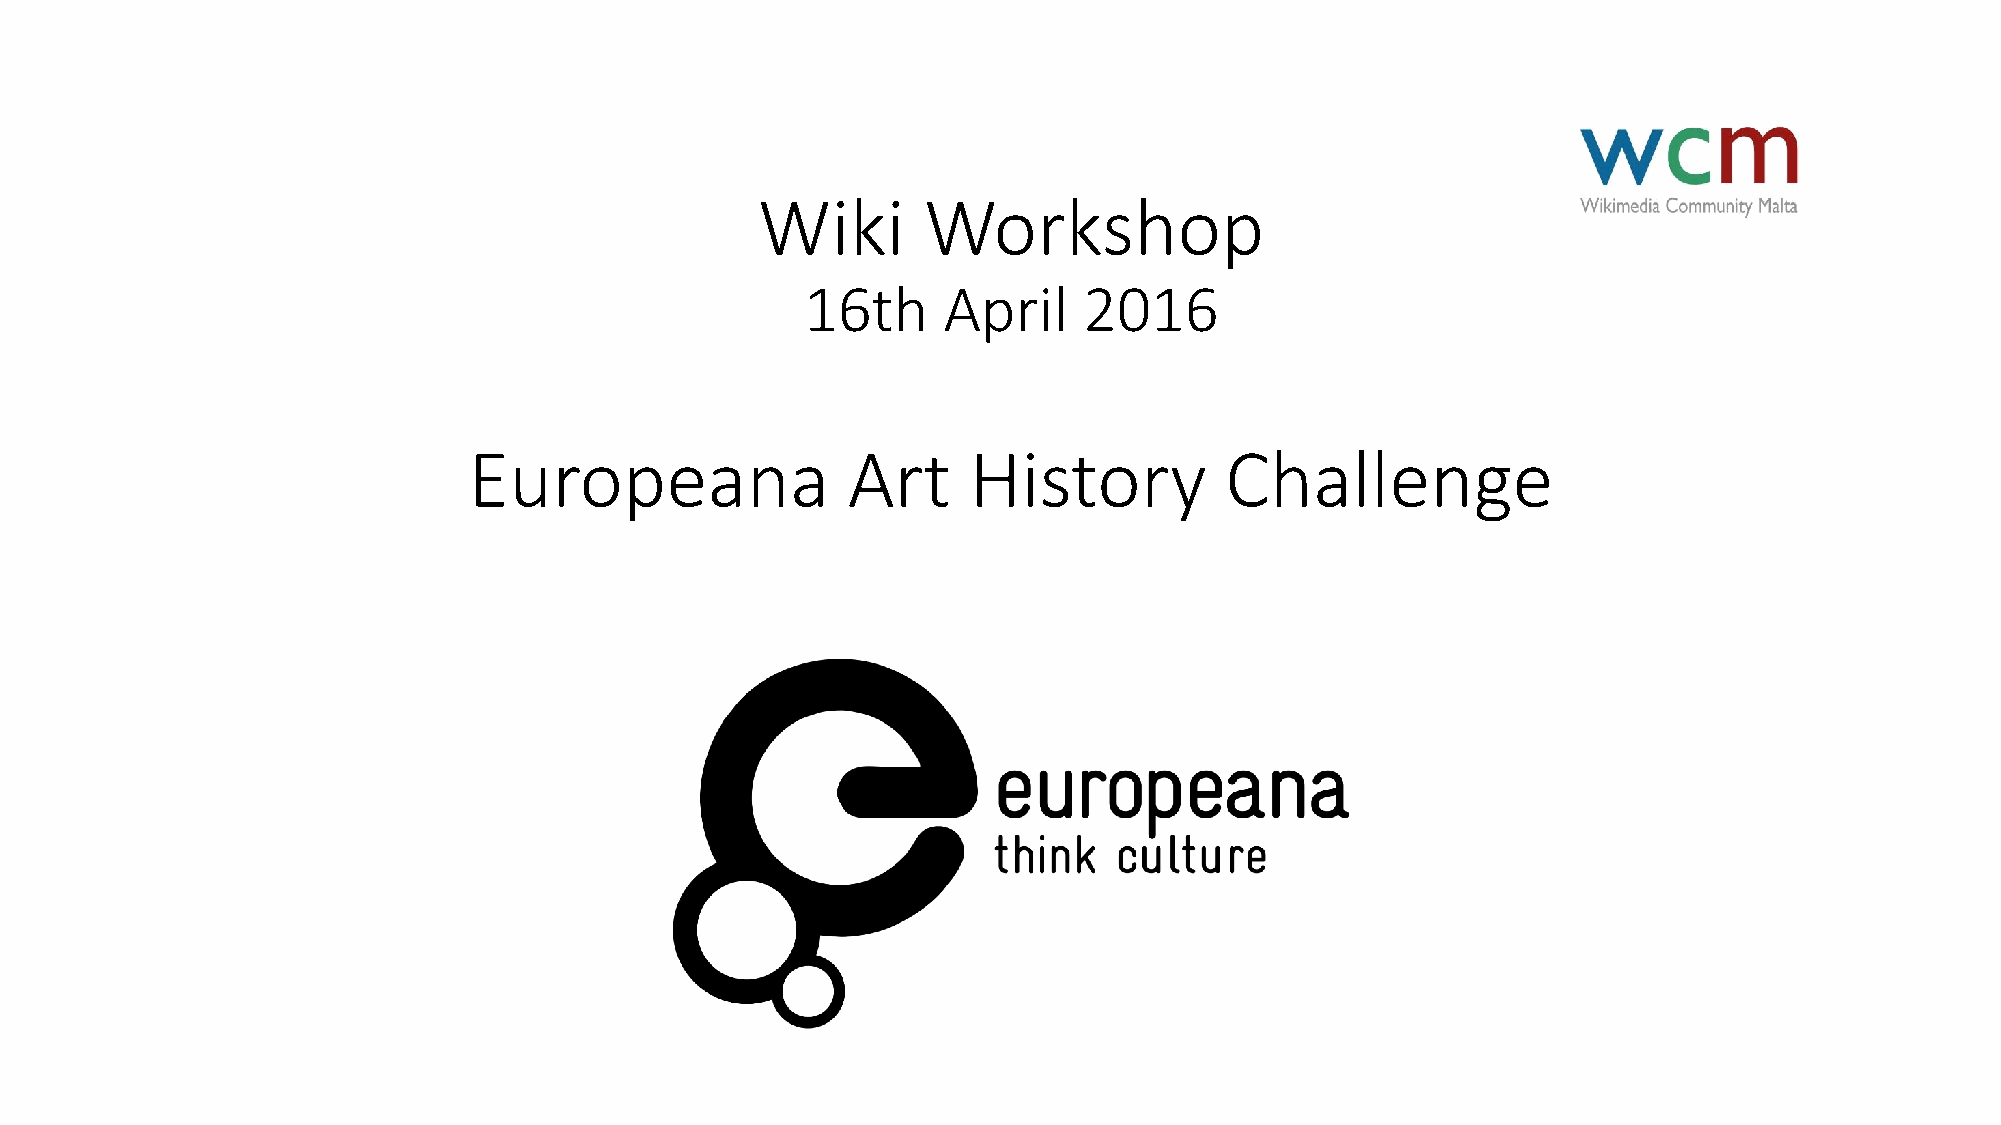
Wiki       Workshop
 16th     April     2016
 Europeana                Art     History          Challenge